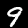
Digit: 9